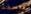
ملاحقة